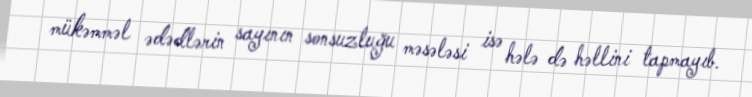
mükəmməl ədədlərin sayının sonsuzluğu məsələsi isə hələ də həllini tapmayıb.